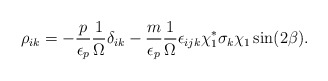
\begin{align*}\rho_{ik} = -\frac{p}{\epsilon_p}\frac{1}{\Omega}\delta_{ik} - \frac{m}{\epsilon_p}\frac{1}{\Omega} \epsilon_{ijk}\chi_1^*\sigma_k\chi_1\sin(2\beta).\end{align*}